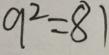
9 ^ { 2 } = 8 1